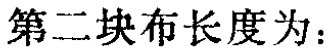
第二块布长度为：